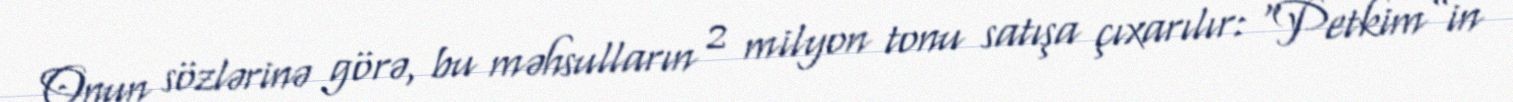
Onun sözlərinə görə, bu məhsulların 2 milyon tonu satışa çıxarılır: “Petkim”in